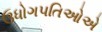
ઉધોગપતિઓએ